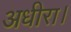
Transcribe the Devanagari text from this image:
अधीरा।